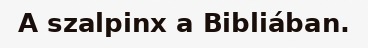
A szalpinx a Bibliában.